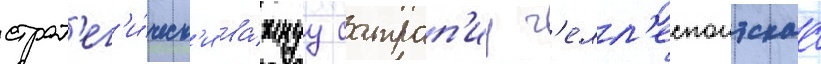
страт'ег'и́ческ'и ва́жнуу сатрап'иу г'елл'еспонтскаа